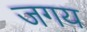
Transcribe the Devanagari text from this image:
जगय